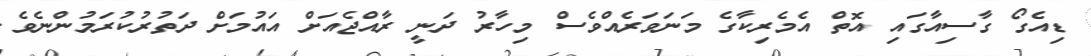
ޑިއެގޯ ގާސިއާގައި އޮތް އެމެރިކާގެ މަނަވަރެއްވެސް މިހާރު ދަނީ ރާއްޖެއަަށް އައުމަށް ދަތުރުކުރަމުންނެވެ.